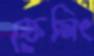
ফ্রেমিং